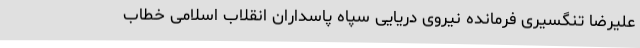
علیرضا تنگسیری فرمانده نیروی دریایی سپاه پاسداران انقلاب اسلامی خطاب